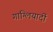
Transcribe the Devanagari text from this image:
गाग्लियार्दी